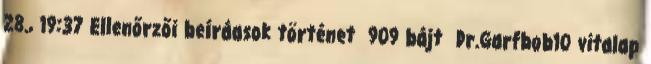
28., 19:37 ‎Ellenőrzői beíráasok történet ‎ 909 bájt ‎Dr.Garfbob10 vitalap